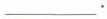
___.